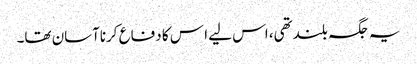
یہ جگہ بلندتھی، اس لیے ا س کا دفاع کرناآسان تھا۔